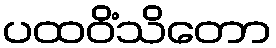
ပထဝိံသိတော